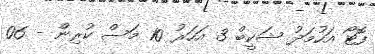
ފޮޓޯ އަހުމަދު ޝަކީބް 3 އަހަރު 10 މަސް ކުރިން - 06